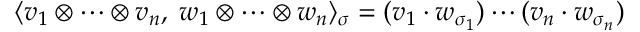
\langle v _ { 1 } \otimes \cdots \otimes v _ { n } , \; w _ { 1 } \otimes \cdots \otimes w _ { n } \rangle _ { \sigma } = ( v _ { 1 } \cdot w _ { \sigma _ { 1 } } ) \cdots ( v _ { n } \cdot w _ { \sigma _ { n } } )